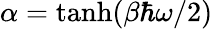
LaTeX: \alpha=\operatorname{tanh}(\beta\hbar\omega/2)